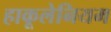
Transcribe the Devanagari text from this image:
हाकूलेनियम